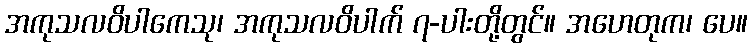
အကုသလဝိပါကေသု၊ အကုသလဝိပါက် ၇-ပါးတို့တွင်။ အဟေတုက၊ ပေ။